画像に写った文字を読んでください
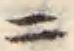
「ニ」と書いてあります